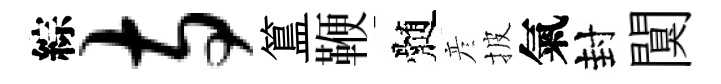
綜寺簋鞭髄彦披氣封闃